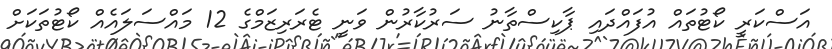
އަސްކަރީ ކޯޓުތައް އުފައްދައި ޕާކިސްތާނު ސަރުކާރުން ވަނީ ޓެރަރިޒަމްގެ 12 މައްސަލައެއް ކޯޓުތަކަށް